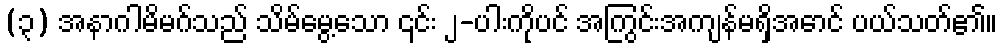
(၃) အနာဂါမိမဂ်သည် သိမ်မွေ့သော ၎င်း ၂-ပါးကိုပင် အကြွင်းအကျန်မရှိအောင် ပယ်သတ်၏။